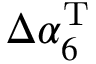
\Delta \alpha _ { 6 } ^ { \mathrm { T } }